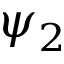
\psi _ { 2 }